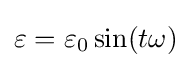
\varepsilon =\varepsilon _{0}\sin(t\omega )